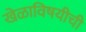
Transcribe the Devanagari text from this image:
खेळाविषयीची